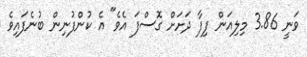
ވަނީ 3.86 މިލިއަން ފިފާ ދަށަށް ގޮސްފަ އެވެ" އެ ކުންފުނިން ބުނެފައިވެ